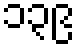
၁၃၉